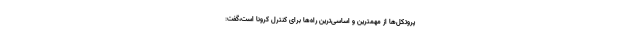
پروتکل‌ها از مهمترین و اساسی‌ترین راه‌ها برای کنترل کرونا است،گفت: